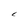
Character: L